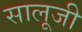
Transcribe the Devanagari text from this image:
सालूजी